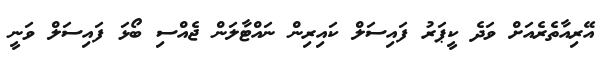
އޭރިއާތެރެއަށް ވަދެ ކީޕަރު ފައިސަލް ކައިރިން ނައްޓާލަން ޖެއްސި ބޯޅަ ފައިސަލް ވަނީ